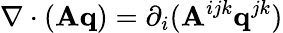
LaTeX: \nabla\cdot(\mathbf{A}\mathbf{q})=\partial_{i}(\mathbf{A}^{ijk}\mathbf{q}^{jk})